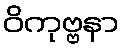
ဝိကုဗ္ဗနာ